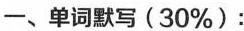
一、单词默写(30%)：